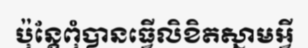
ប៉ុន្តែពុំបានធ្វើលិខិតស្នាមអ្វី